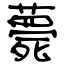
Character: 薨